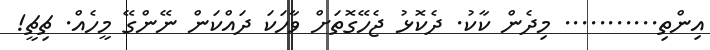
އިންތި........... މިދެން ކާކު. ދެކޮޅު ޖެހޭގޮތަށް ވާހަކަ ދައްކަން ނޭންގޭ މީހެއް. ޗިޗީ!